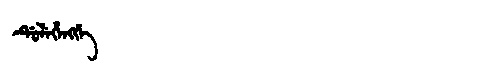
Manchu: ᡩᡠᠯᡝᡥᡝᠩᡤᡝ
Romanization: DULEHENGGE